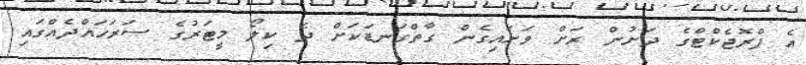
އެ ޕްރޮޖެކްޓްގެ ދަށުން ރަށް ވަށައިގެން ގާތްގަނޑަކަށް ދެ ކިލޯ މީޓަރުގެ ސަރަހައްދެއްގައި